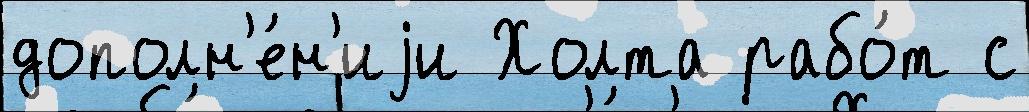
дополн'е́н'иjи Холта рабо́т с